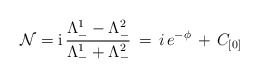
\begin{align*}\mathcal{N} = \mbox{i}\,\frac{\Lambda^1_- - \Lambda^2_-}{\Lambda^1_- + \Lambda^2_-} \, = \, i \, e^{- \phi} \, + \, C_{[0]}\end{align*}